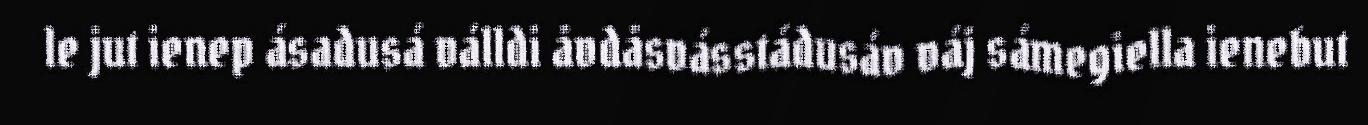
le jut ienep ásadusá válldi åvdåsvásstádusáv váj sámegiella ienebut